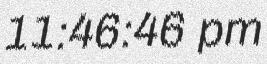
11:46:46 pm